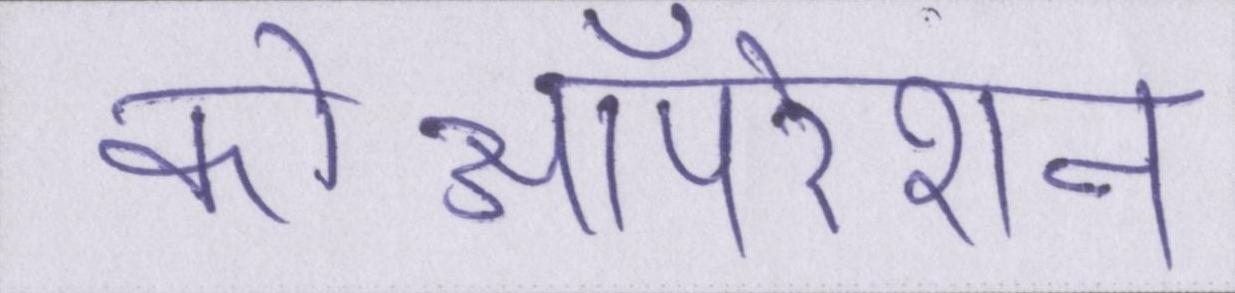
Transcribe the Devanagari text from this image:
कोऑपरेशन